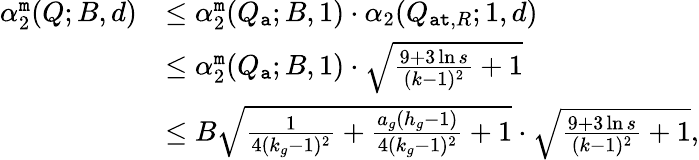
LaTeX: \begin{array}{rl}{\alpha_{2}^{\tt m}(Q;B,d)}&{\leq\alpha_{2}^{\tt m}(Q_{\tt a};B,1)\cdot\alpha_{2}(Q_{{\tt at},R};1,d)}\\ &{\leq\alpha_{2}^{\tt m}(Q_{\tt a};B,1)\cdot\sqrt{\frac{9+3\ln s}{(k-1)^{2}}+1}}\\ &{\leq B\sqrt{\frac{1}{4(k_{g}-1)^{2}}+{\frac{a_{g}(h_{g}-1)}{4(k_{g}-1)^{2}}}+1}\cdot\sqrt{\frac{9+3\ln s}{(k-1)^{2}}+1},}\end{array}